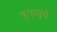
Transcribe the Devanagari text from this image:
युगायुगे